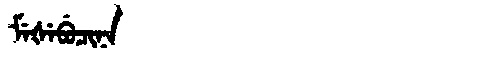
Manchu: ᠮᡝᡧᡝᠪᡠᠴᡳᠨᠠ
Romanization: MEŠEBUCINA